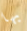
بها